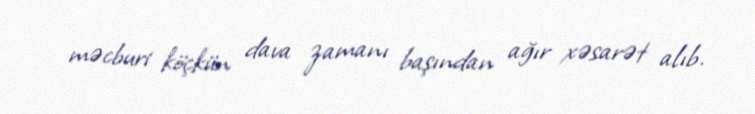
məcburi köçkün dava zamanı başından ağır xəsarət alıb.